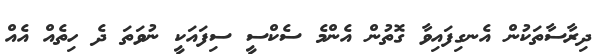
ދިރާސާތަކުން އެނގިފައިވާ ގޮތުން އެންމެ ސެކްސީ ސިފައަކީ ނުވަތަ ދެ ހިތެއް އެއް